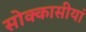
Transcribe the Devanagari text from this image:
सोक्कासीयां